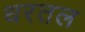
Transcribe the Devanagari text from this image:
धरतल